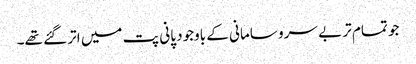
جو تمام تر بے سرو سامانی کے باوجود پانی پت میں اتر گئے تھے۔